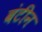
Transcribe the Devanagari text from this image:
बंटीन